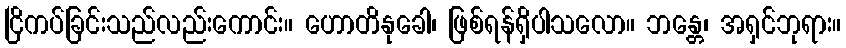
ငြိကပ်ခြင်းသည်လည်းကောင်း။ ဟောတိနုခေါ၊ ဖြစ်ရန်ရှိပါသလော။ ဘန္တေ၊ အရှင်ဘုရား။